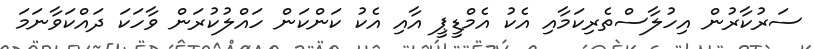
ސަރުކާރުން އިހުލާސްތެރިކަމާއި އެކު އެމްޑީޕީ އާއި އެކު ކަންކަން ހައްލުކުރަން ވާހަކަ ދައްކަވާނަމަ